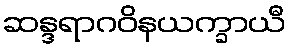
ဆန္ဒရာဂဝိနယက္ခာယီ